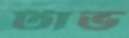
টাভ